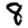
Digit: 8